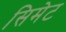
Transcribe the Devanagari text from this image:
सिमेट